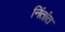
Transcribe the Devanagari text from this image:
निंतांत